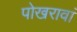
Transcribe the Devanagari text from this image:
पोखरावां